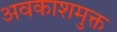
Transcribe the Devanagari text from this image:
अवकाशमुक्त